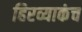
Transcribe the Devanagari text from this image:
हिरव्याकंच